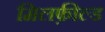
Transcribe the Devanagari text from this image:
मिलफ़ील्ड